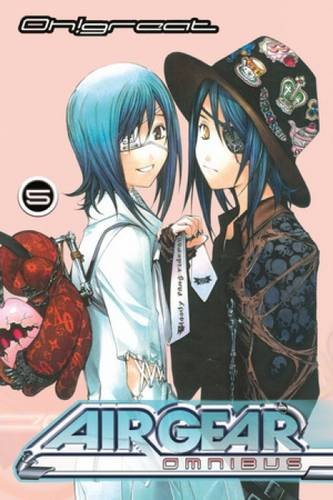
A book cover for Air Gear Omnibus 5; Oh!Great; Comics & Graphic Novels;